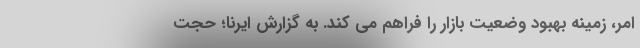
امر، زمینه بهبود وضعیت بازار را فراهم می کند. به گزارش ایرنا؛ حجت